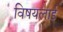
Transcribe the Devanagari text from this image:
विषयलाई